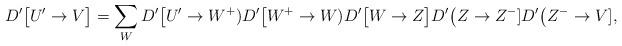
LaTeX: \begin{align*}D'\big[U'\to V\big] = \sum_{W} D'\big[U'\to W^+)D'\big[W^+\to W) D'\big[W\to Z\big] D'\big(Z\to Z^-] D'\big(Z^-\to V],\end{align*}